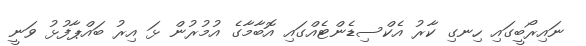
ނައިރޯބީގައި ހިނގި ކާރު އެކްސިޑެންޓެއްގައި އޮބާމާގެ އުމުރުން ޅަ އިރު ބައްޕާފުޅު ވަނީ